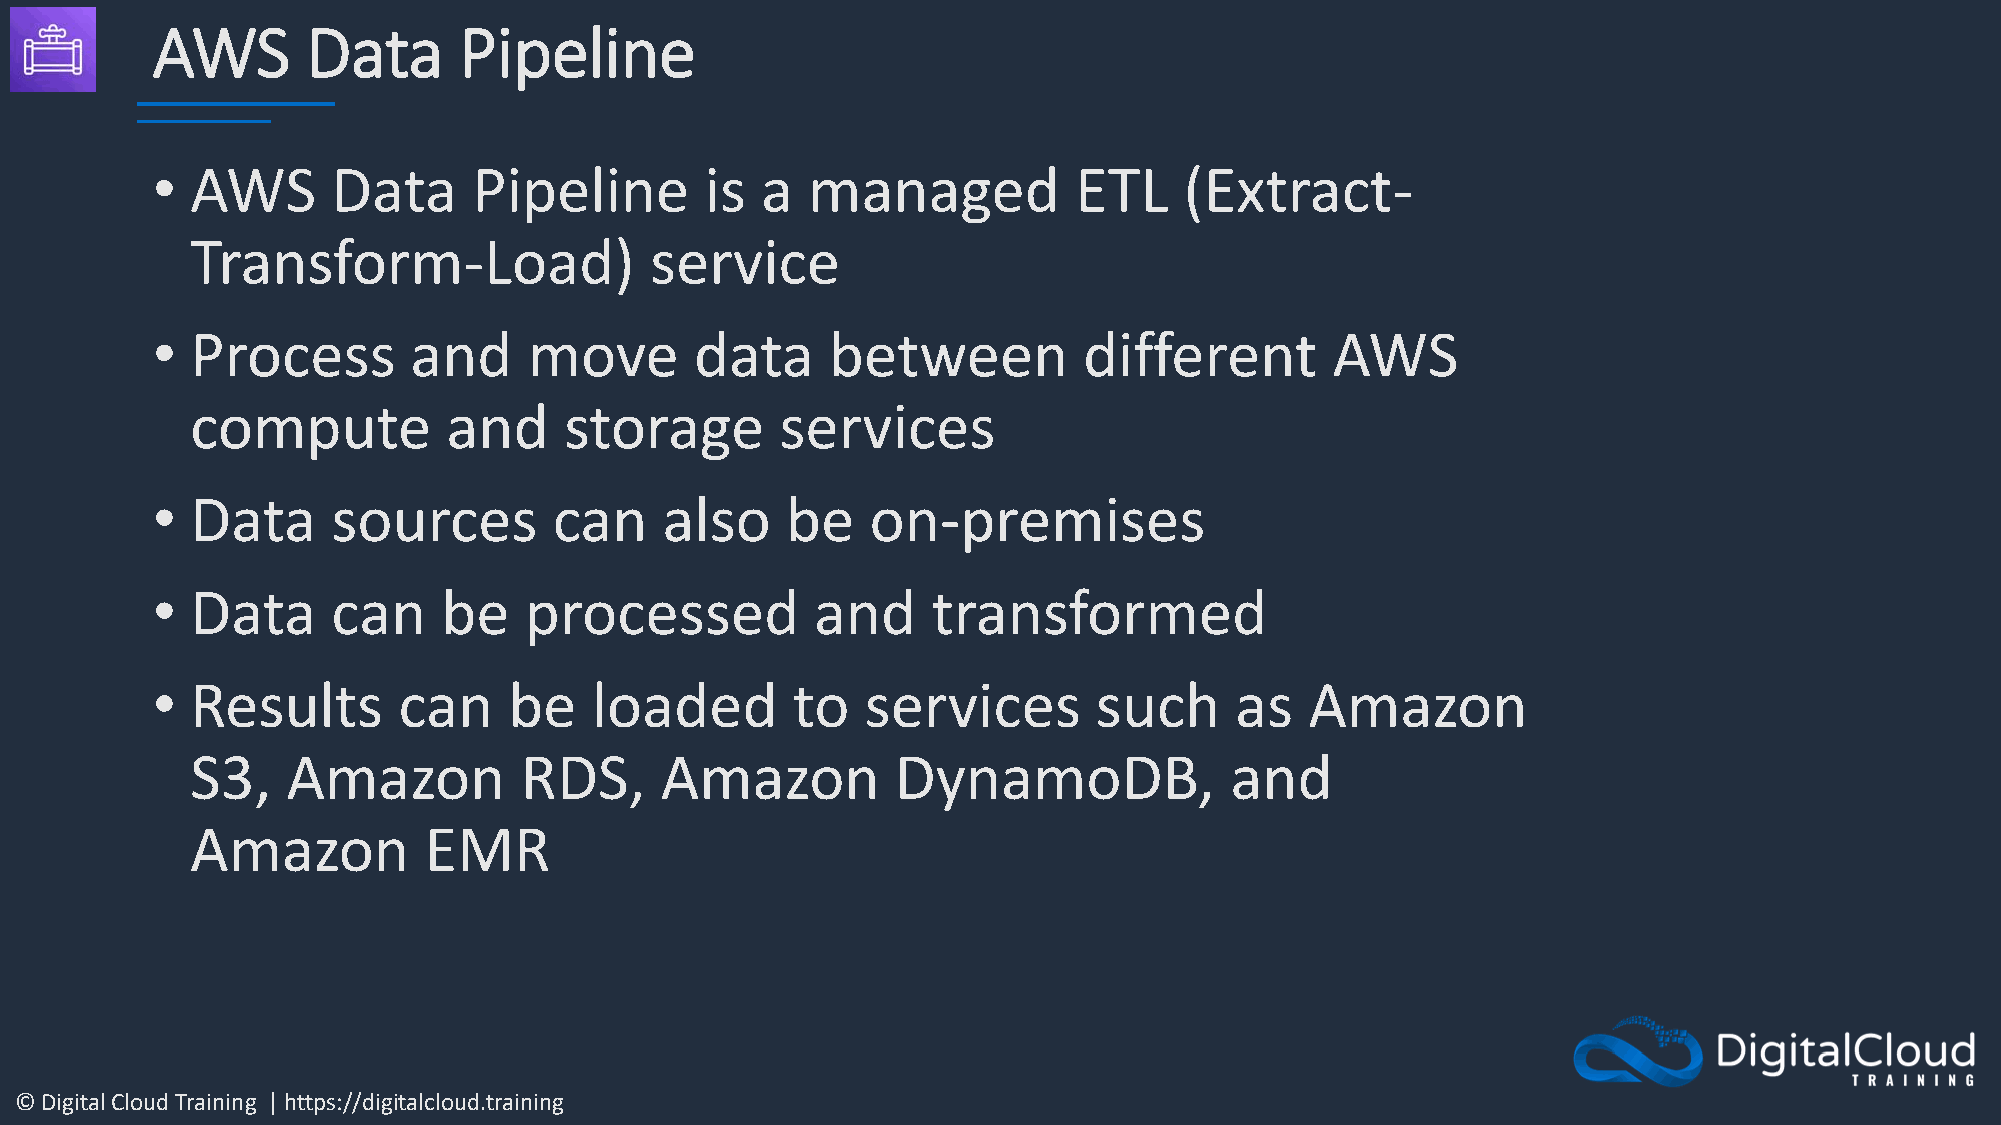
AWS       Data      Pipeline
 •  AWS      Data     Pipeline        is a  managed           ETL    (Extract-
 Transform-Load)               service
 •  Process       and     move       data     between          different       AWS
 compute          and    storage        services
 •  Data     sources        can    also    be    on-premises
 •  Data     can    be    processed          and     transformed
 •  Results      can     be   loaded       to   services        such     as   Amazon
 S3,   Amazon         RDS,      Amazon         DynamoDB,             and
 Amazon         EMR
 © Digital Cloud Training | https://digitalcloud.training